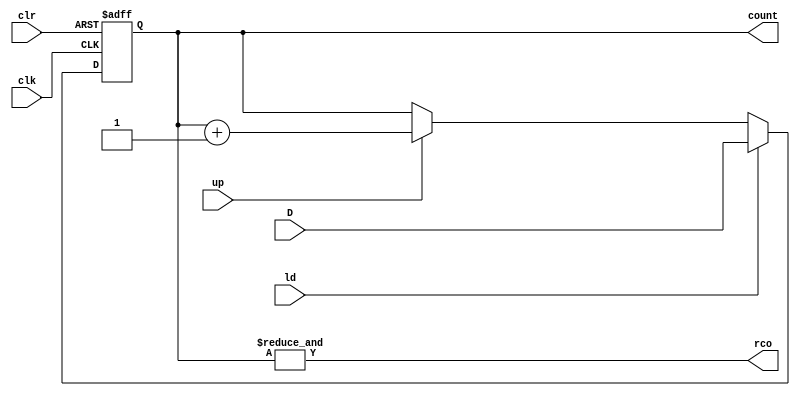
`timescale 1ns / 1ps
`default_nettype wire
//////////////////////////////////////////////////////////////////////////////////
// Company:   Ratner Surf Designs
// 
// Design Name: 
// Module Name: cntr_up_clr_nb
// Project Name: 
// Target Devices: 
// Tool Versions: 
// Description: Generic n-bit loadable up counter with asynchronous postive 
//              logic reset. When up input not asserted, counter holds 
//              state. This counter has RCO to indicate counter reaching 
//              terminal count. 
// 
// cntr_up_clr_nb #(.n(16)) MY_CNTR (
//     .clk   (xxxx), 
//     .clr   (xxxx), 
//     .up    (xxxx), 
//     .ld    (xxxx), 
//     .D     (xxxx), 
//     .count (xxxx), 
//     .rco   (xxxx)   ); 
//
// Dependencies: 
// 
// Revision:
// Revision 1.01 - (11-24-2019) changed comments, added macros
// Revision 1.02 - (09-19-2020) removed some spaces in comments
//          1.03 - (12-08-2020) changed position of parameter
//            
// Additional Comments:
// 
//////////////////////////////////////////////////////////////////////////////////

module cntr_up_clr_nb #(parameter n=8) (
    input wire clk, 
	input wire clr, 
	input wire up, 
	input wire ld, 
    input wire [n-1:0] D,
    output reg [n-1:0] count,
    output wire rco   ); 

    
    always @(posedge clr, posedge clk)
    begin 
        if (clr == 1)       // asynch reset
           count <= 0;
        else if (ld == 1)   // load new value
           count <= D; 
        else if (up == 1)   // count up (increment)
           count <= count + 1;  
    end 
       
    //- handles the RCO 
    assign rco = &count; 
	
endmodule

`default_nettype wire